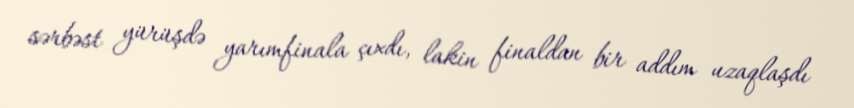
sərbəst yürüşdə yarımfinala çıxdı, lakin finaldan bir addım uzaqlaşdı